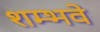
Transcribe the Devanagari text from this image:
शम्भवे